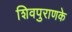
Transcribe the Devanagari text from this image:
शिवपुराणके